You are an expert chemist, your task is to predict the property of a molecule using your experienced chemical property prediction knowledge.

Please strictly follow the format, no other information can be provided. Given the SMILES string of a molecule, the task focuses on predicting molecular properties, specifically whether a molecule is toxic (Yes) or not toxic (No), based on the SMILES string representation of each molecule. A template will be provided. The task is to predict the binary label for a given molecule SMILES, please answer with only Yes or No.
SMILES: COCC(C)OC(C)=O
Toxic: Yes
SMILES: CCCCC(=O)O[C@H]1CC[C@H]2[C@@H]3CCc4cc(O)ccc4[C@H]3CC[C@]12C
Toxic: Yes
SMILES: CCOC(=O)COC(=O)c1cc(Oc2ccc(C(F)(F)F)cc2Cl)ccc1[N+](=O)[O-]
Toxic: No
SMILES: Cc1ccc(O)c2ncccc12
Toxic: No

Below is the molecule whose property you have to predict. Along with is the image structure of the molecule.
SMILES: CC(C)=O
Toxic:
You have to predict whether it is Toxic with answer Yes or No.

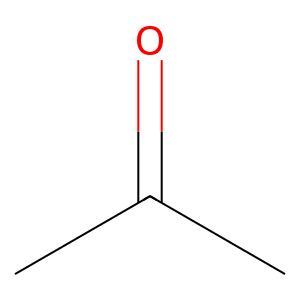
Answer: No